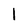
Character: l